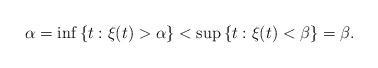
LaTeX: \begin{gather*} \alpha = \inf \, \{t : \xi(t) > \alpha \} < \sup \, \{t : \xi(t) < \beta \} = \beta. \end{gather*}